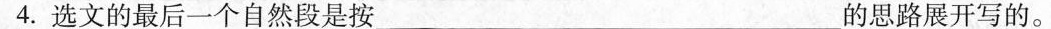
4.选文的最后一个自然段是按___的思路展开写的。